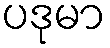
ပဒုမာ